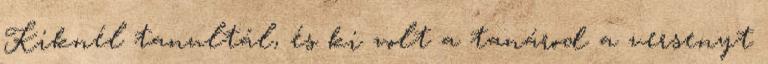
Kiknél tanultál, és ki volt a tanárod a versenyt